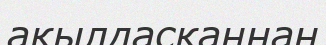
ақылдасқаннан